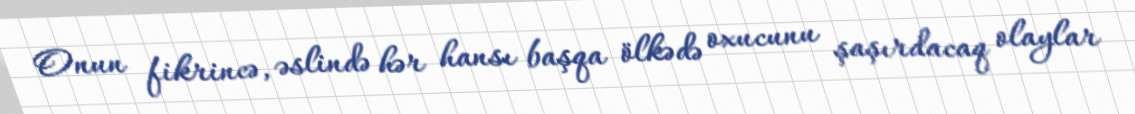
Onun fikrincə, əslində hər hansı başqa ölkədə oxucunu şaşırdacaq olaylar